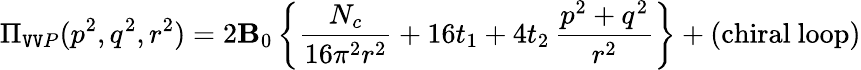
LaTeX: \Pi_{\mathtt{V}\mathtt{V}P}(p^{2},q^{2},r^{2})=2\mathbf{B}_{0}\left\{ {\frac{{N_{c}}}{{16\pi^{2}r^{2}}}}+16t_{1}+4t_{2}\, {\frac{{p^{2}+q^{2}}}{{r^{2}}}}\right\} +(\mathrm{{chiral\ loop}})